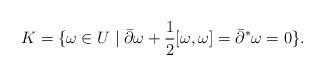
LaTeX: \begin{align*}K=\{\omega\in U\mid \bar\partial\omega+\dfrac{1}{2}[\omega,\omega]=\bar\partial^*\omega=0\}.\end{align*}